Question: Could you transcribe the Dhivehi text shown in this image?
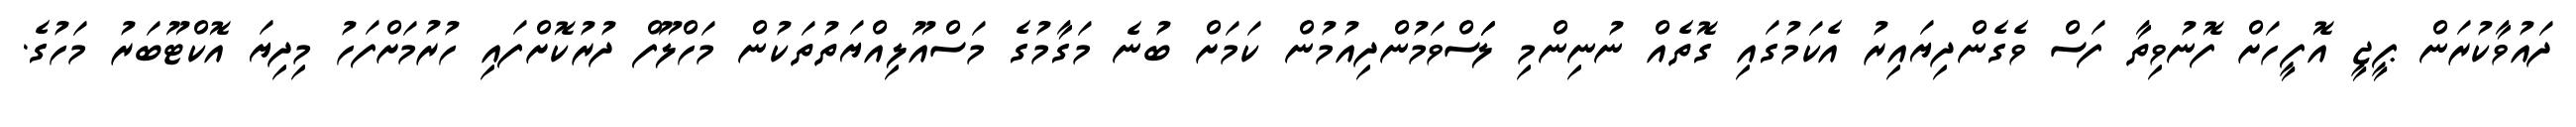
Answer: ދައުވާކުރަން ޕީޖީ އޮފީހަށް ފޮނުވިތާ ފަސް ވެގެންދިޔައިރު އެކަމުގައި ގޮތެއް ނުނިންމި ލަަަސްވަމުންދިއުމުން ކަމަށް ބުނެ މަގާމުގެ މަސްއޫލިއްޔަތުތަކުން މަހްލޫފް ދުރުކޮށްފައި ހުރުމަށްފަހު މިދިޔަ އޮކްޓޫބަރު މަހުގެ.